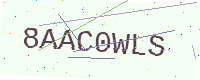
Text: 8AAC0WLS